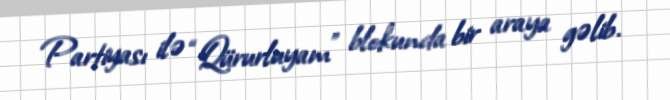
Partiyası ilə “Qürurluyam” blokunda bir araya gəlib.